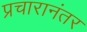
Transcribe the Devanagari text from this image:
प्रचारानंतर